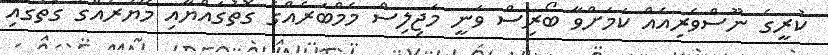
ކުރީގެ ނޫސްވެރިއެއް ކަމަށްވާ ބޯރިސް ވަނީ މަޖިލިސް މެމްބަރެއްގެ ގޮތުގައްޔާއި މޭޔަރެއްގެ ގޮތުގައި